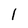
Character: 1